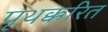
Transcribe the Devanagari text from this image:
पृथक्करित